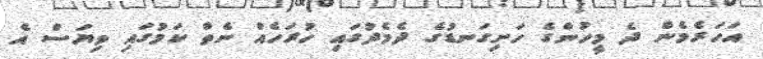
އަހަރެމެން ދެ މީހުންގެ ހަށިގަނޑުގެ ދެމެދުގައި ހުރަހެއް ނެތް ކަމުގައި ވިޔަސް އެ